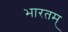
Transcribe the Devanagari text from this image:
भारतम्‌